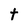
Character: t